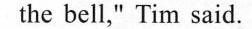
the bell," Tim said.